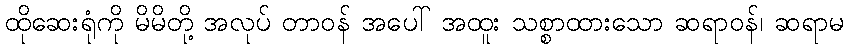
ထိုဆေးရုံကို မိမိတို့ အလုပ် တာဝန် အပေါ် အထူး သစ္စာထားသော ဆရာဝန်၊ ဆရာမ